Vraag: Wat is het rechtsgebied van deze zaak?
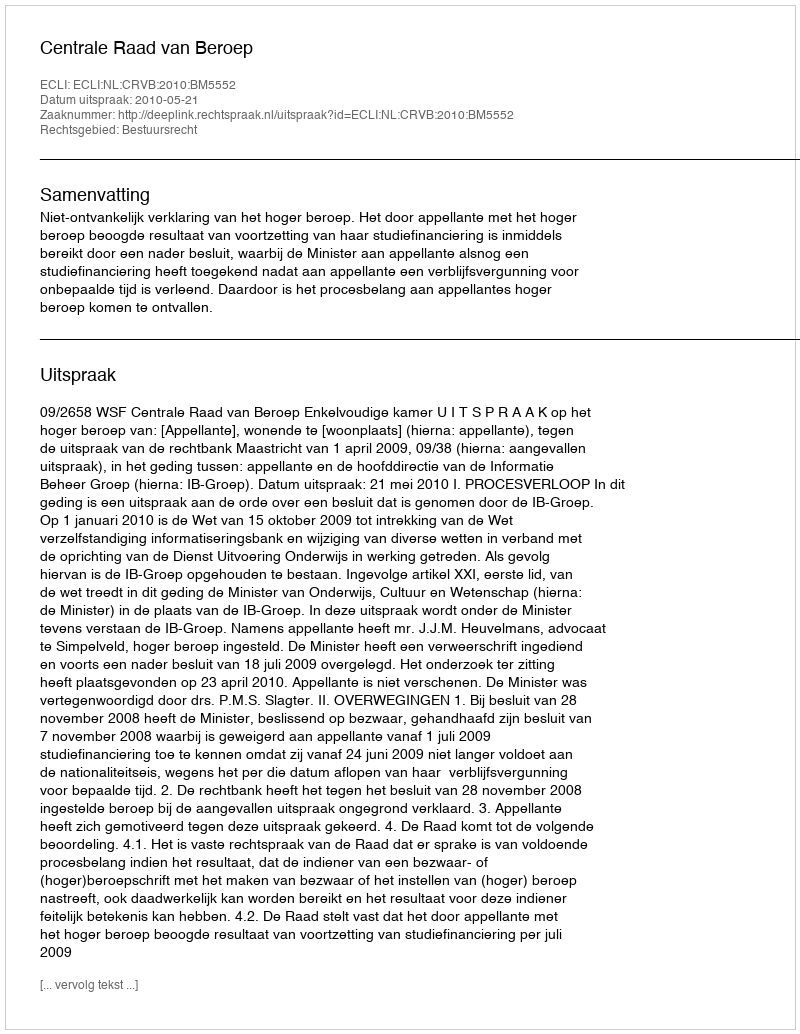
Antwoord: Bestuursrecht